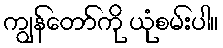
ကျွန်တော်ကို ယုံစမ်းပါ။